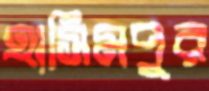
হাসিমপুর